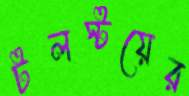
টলস্টয়ের